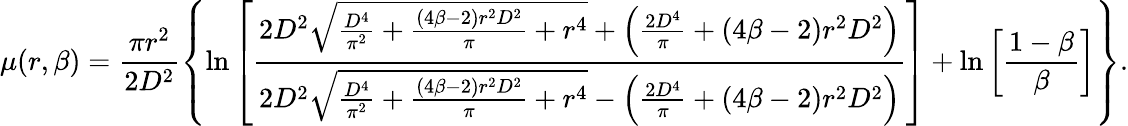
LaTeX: \mu(r,\beta)=\frac{\pi r^{2}}{2D^{2}}\left\{ \ln\left[\frac{2D^{2}\sqrt{\frac{D^{4}}{\pi^{2}}+\frac{\left(4\beta-2\right)r^{2}D^{2}}{\pi}+r^{4}}+\left(\frac{2D^{4}}{\pi}+\left(4\beta-2\right)r^{2}D^{2}\right)}{2D^{2}\sqrt{\frac{D^{4}}{\pi^{2}}+\frac{\left(4\beta-2\right)r^{2}D^{2}}{\pi}+r^{4}}-\left(\frac{2D^{4}}{\pi}+\left(4\beta-2\right)r^{2}D^{2}\right)}\right]+\ln\left[\frac{1-\beta}{\beta}\right]\right\} .